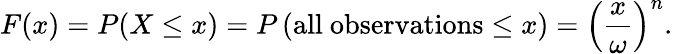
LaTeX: F(x)=P(X\leq x)=P\left(\mathrm{all\ observations}\leq x\right)=\left({\frac{x}{\omega}}\right)^{n}.